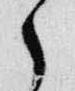
之